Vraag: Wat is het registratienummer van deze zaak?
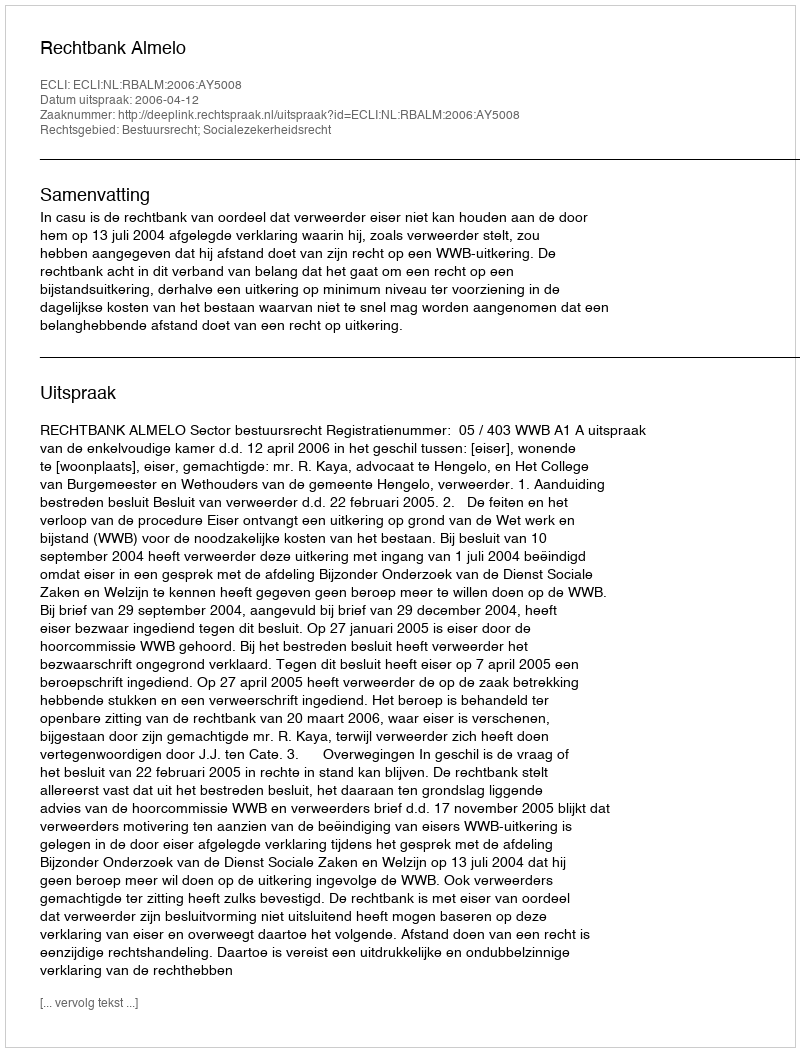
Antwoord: http://deeplink.rechtspraak.nl/uitspraak?id=ECLI:NL:RBALM:2006:AY5008